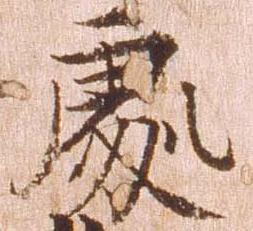
処